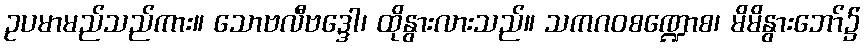
ဥပမာမည်သည်ကား။ သောဗလီဗဒ္ဒေါ၊ ထိုနွားလားသည်။ သကဂဝစဏ္ဍောစ၊ မိမိနွားဘော်၌